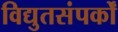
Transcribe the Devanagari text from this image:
विद्युतसंपर्कों